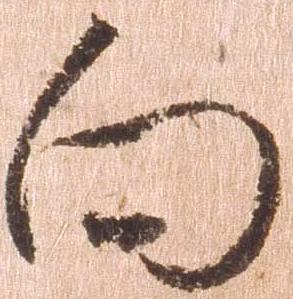
向